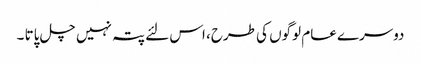
دوسرے عام لوگوں کی طرح، اس لئے پتہ نہیں چل پاتا ۔